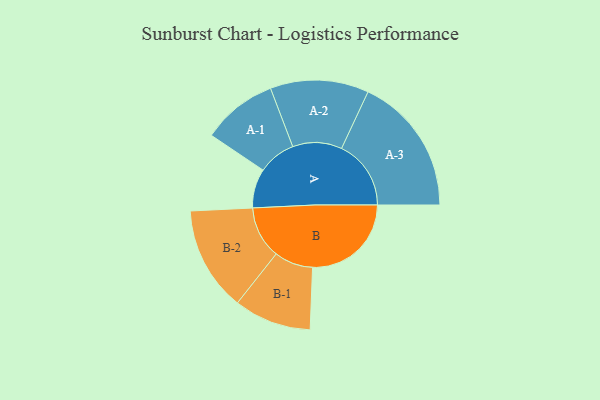
{"axis": {"x": "Segment", "y": "Value"}, "legend": ["", "A", "B"], "data": [{"x": "A", "y": 153, "type": ""}, {"x": "B", "y": 385, "type": ""}, {"x": "A-1", "y": 147, "type": "A"}, {"x": "A-2", "y": 192, "type": "A"}, {"x": "A-3", "y": 271, "type": "A"}, {"x": "B-1", "y": 151, "type": "B"}, {"x": "B-2", "y": 204, "type": "B"}]}